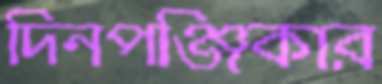
দিনপঞ্জিকার